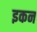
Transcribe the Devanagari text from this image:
इकन